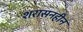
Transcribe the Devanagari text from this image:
शरासनहीन